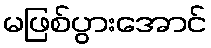
မဖြစ်ပွားအောင်